Newspaper: The Madison daily leader. [volume]
Place of publication: Madison, S.D.
Publisher: J.F. Stahl
Date: 1895-02-05 00:00:00
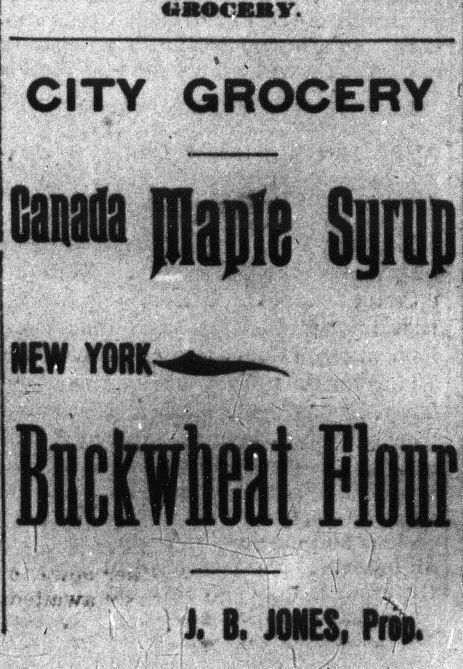
Advertisement text (OCR):
CITY GROCERY HEW YORK iHrffa M- JMES, Proa
Label: text-only